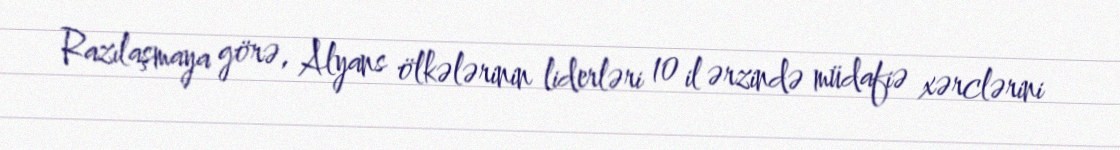
Razılaşmaya görə, Alyans ölkələrinin liderləri 10 il ərzində müdafiə xərclərini